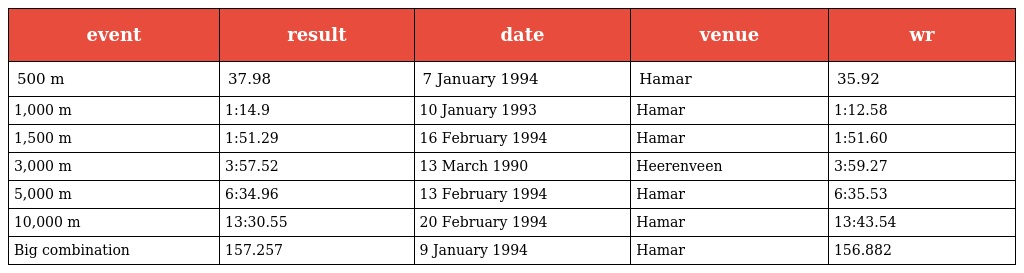
| event | result | date | venue | wr |
 | --- | --- | --- | --- | --- |
 | 500 m | 37.98 | 7 January 1994 | Hamar | 35.92 |
 | 1,000 m | 1:14.9 | 10 January 1993 | Hamar | 1:12.58 |
 | 1,500 m | 1:51.29 | 16 February 1994 | Hamar | 1:51.60 |
 | 3,000 m | 3:57.52 | 13 March 1990 | Heerenveen | 3:59.27 |
 | 5,000 m | 6:34.96 | 13 February 1994 | Hamar | 6:35.53 |
 | 10,000 m | 13:30.55 | 20 February 1994 | Hamar | 13:43.54 |
 | Big combination | 157.257 | 9 January 1994 | Hamar | 156.882 |